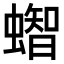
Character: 𧒊